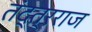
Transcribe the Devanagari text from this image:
तंद्त्रराज